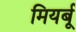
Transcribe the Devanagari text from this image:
मियर्बू